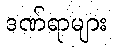
ဒဏ်ရာများ